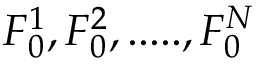
F _ { 0 } ^ { 1 } , F _ { 0 } ^ { 2 } , . . . . . , F _ { 0 } ^ { N }